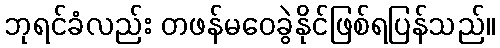
ဘုရင်ခံလည်း တဖန်မဝေခွဲနိုင်ဖြစ်ရပြန်သည်။